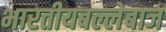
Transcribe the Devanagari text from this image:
भारतीयबल्लेबाज